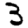
Digit: 3